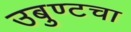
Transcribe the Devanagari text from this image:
उबुण्टचा